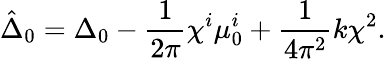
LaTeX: \hat{\Delta}_{0}=\Delta_{0}-\frac{1}{2\pi}\chi^{i}\mu_{0}^{i}+\frac{1}{4\pi^{2}}k\chi^{2}.